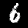
Digit: 6